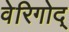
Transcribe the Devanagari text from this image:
वेरिगोद्